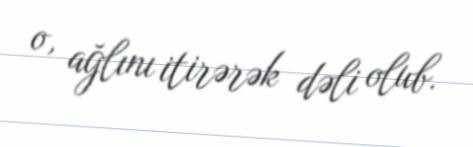
o, ağlını itirərək dəli olub.